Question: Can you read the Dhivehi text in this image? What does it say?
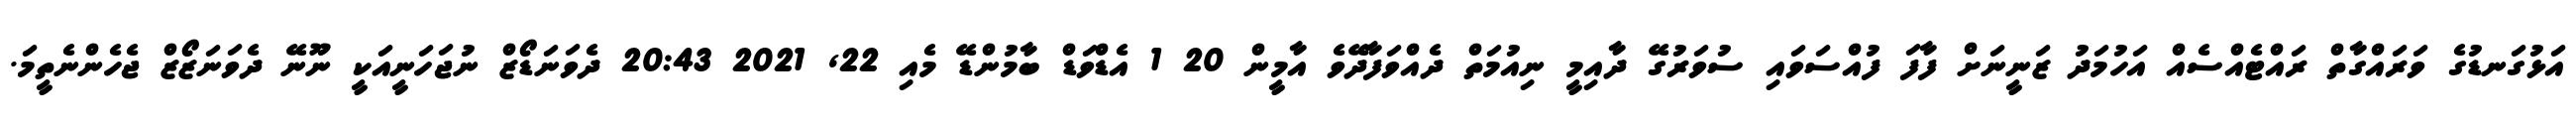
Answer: އަޅުގަނޑުގެ ވަރައްގާތް ރައްޓެއްސެއް އަހުމަދު ޒަނީނަށް ފާފަ ފުއްސަވައި ސުވަރުގޭ ދާއިމީ ނިއުމަތް ދެއްވަފާދޭވެ އާމީން 20 1 އެޑްވަޑް ބާމުންޑޭ މެއި 22, 2021 20:43 ދެވަނަޑޯޒް ނުޖަހަނީއަކީ ނޫނޭ ދެވަނަޒޯޒް ޖެހެންނެތީމަ.